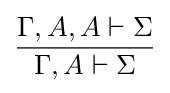
{\frac {\Gamma ,A,A\vdash \Sigma }{\Gamma ,A\vdash \Sigma }}